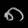
Digit: ၈